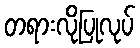
တရားလိုပြုလုပ်